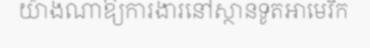
យ៉ាងណាឱ្យការងារនៅស្ថានទូតអាមេរិក